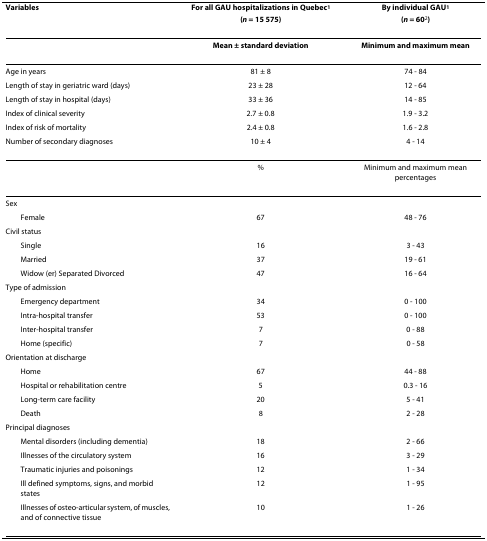
| Variables | For all GAU hospitalizations in Quebec1(n = 15 575) | By individual GAU1(n = 602) |
 | --- | --- | --- |
 |  | Mean ± standard deviation | Minimum and maximum mean |
 | Age in years | 81 ± 8 | 74 - 84 |
 | Length of stay in geriatric ward (days) | 23 ± 28 | 12 - 64 |
 | Length of stay in hospital (days) | 33 ± 36 | 14 - 85 |
 | Index of clinical severity | 2.7 ± 0.8 | 1.9 - 3.2 |
 | Index of risk of mortality | 2.4 ± 0.8 | 1.6 - 2.8 |
 | Number of secondary diagnoses | 10 ± 4 | 4 - 14 |
 |  | % | Minimum and maximum mean percentages |
 | Sex |  |  |
 | Female | 67 | 48 - 76 |
 | Civil status |  |  |
 | Single | 16 | 3 - 43 |
 | Married | 37 | 19 - 61 |
 | Widow (er) Separated Divorced | 47 | 16 - 64 |
 | Type of admission |  |  |
 | Emergency department | 34 | 0 - 100 |
 | Intra-hospital transfer | 53 | 0 - 100 |
 | Inter-hospital transfer | 7 | 0 - 88 |
 | Home (specific) | 7 | 0 - 58 |
 | Orientation at discharge |  |  |
 | Home | 67 | 44 - 88 |
 | Hospital or rehabilitation centre | 5 | 0.3 - 16 |
 | Long-term care facility | 20 | 5 - 41 |
 | Death | 8 | 2 - 28 |
 | Principal diagnoses |  |  |
 | Mental disorders (including dementia) | 18 | 2 - 66 |
 | Illnesses of the circulatory system | 16 | 3 - 29 |
 | Traumatic injuries and poisonings | 12 | 1 - 34 |
 | Ill defined symptoms, signs, and morbid states | 12 | 1 - 95 |
 | Illnesses of osteo-articular system, of muscles, and of connective tissue | 10 | 1 - 26 |